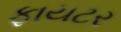
ફાયટર